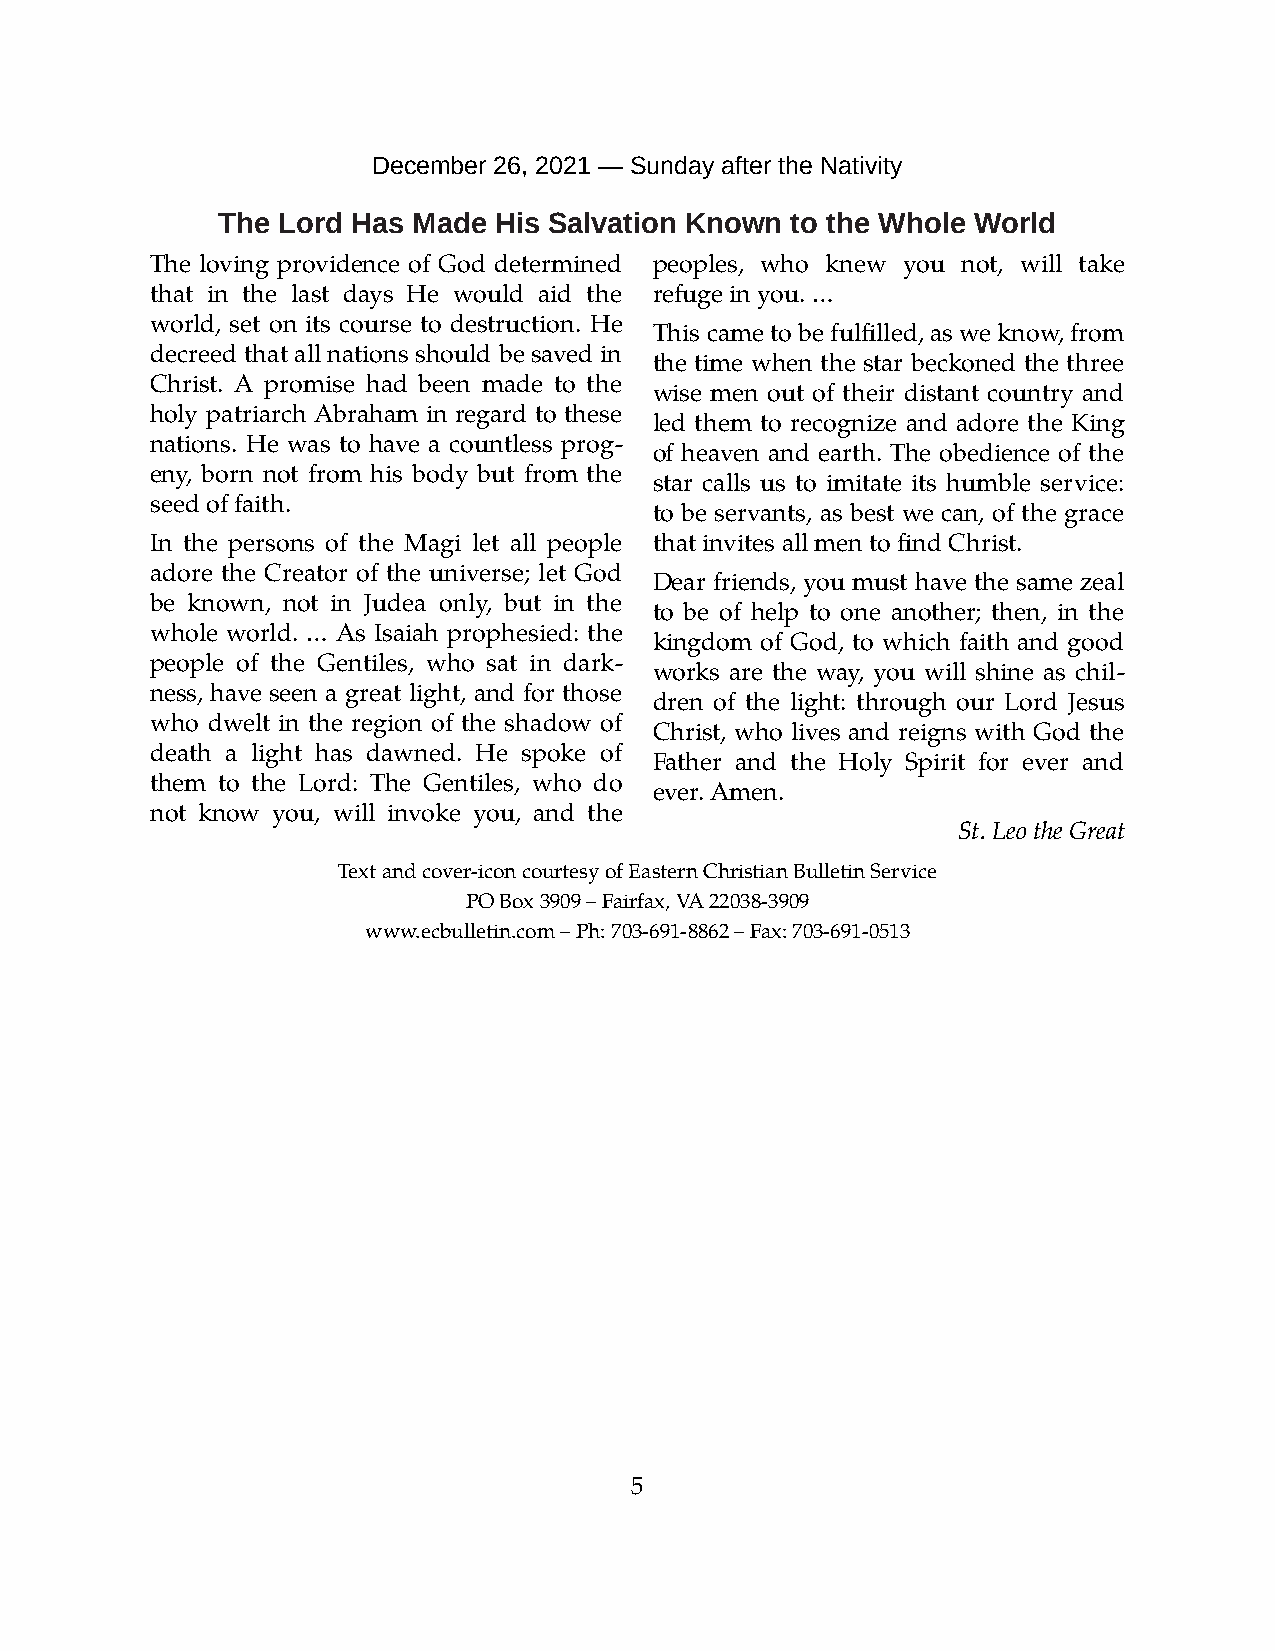
December 26, 2021 — Sunday after the Nativity
 The Lord Has Made  His Salvation Known to the Whole World
 The loving providence of God determined peoples, who knew you not, will take
 that in the last days He would aid the refuge in you. …
 world, set on its course to destruction. He
 This came to be fulfilled, as we know, from
 decreed that all nations should be saved in
 the time when the star beckoned the three
 Christ. A promise had been made to the
 wise men out of their distant country and
 holy patriarch Abraham in regard to these
 led them to recognize and adore the King
 nations. He was to have a countless prog-
 of heaven and earth. The obedience of the
 eny, born not from his body but from the
 star calls us to imitate its humble service:
 seed of faith.
 to be servants, as best we can, of the grace
 In the persons of the Magi let all people that invites all men to find Christ.
 adore the Creator of the universe; let God
 Dear friends, you must have the same zeal
 be known, not in Judea only, but in the
 to be of help to one another; then, in the
 whole world. … As Isaiah prophesied: the
 kingdom of God, to which faith and good
 people of the Gentiles, who sat in dark-
 works are the way, you will shine as chil-
 ness, have seen a great light, and for those
 dren of the light: through our Lord Jesus
 who dwelt in the region of the shadow of
 Christ, who lives and reigns with God the
 death a light has dawned. He spoke of
 Father and the Holy Spirit for ever and
 them to the Lord: The Gentiles, who do
 ever. Amen.
 not know you, will invoke you, and the
 St. Leo the Great
 Text and cover-icon courtesy of Eastern Christian Bulletin Service
 PO Box 3909 – Fairfax, VA 22038-3909
 www.ecbulletin.com – Ph: 703-691-8862 – Fax: 703-691-0513
 5